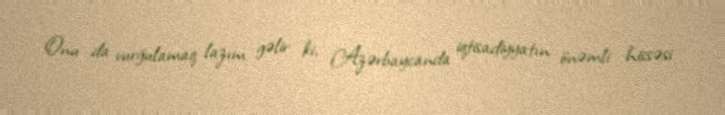
Onu da vurğulamaq lazım gəlir ki, Azərbaycanda iqtisadiyyatın önəmli hissəsi